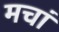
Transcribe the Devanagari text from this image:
मचां